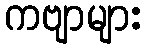
ကဗျာများ